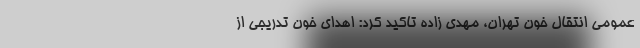
عمومی انتقال خون تهران، مهدی زاده تاکید کرد: اهدای خون تدریجی از